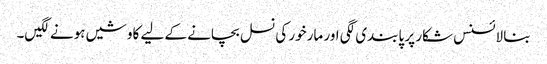
بنا لائسنس شکار پر پابندی لگی اور مارخور کی نسل بچانے کے لیے کاوشیں ہونے لگیں۔